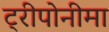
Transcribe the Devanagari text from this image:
ट्रीपोनीमा